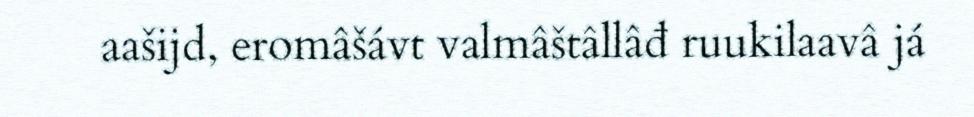
aašijd, eromâšávt valmâštâllâđ ruukilaavâ já